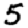
Digit: 5